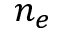
n _ { e }